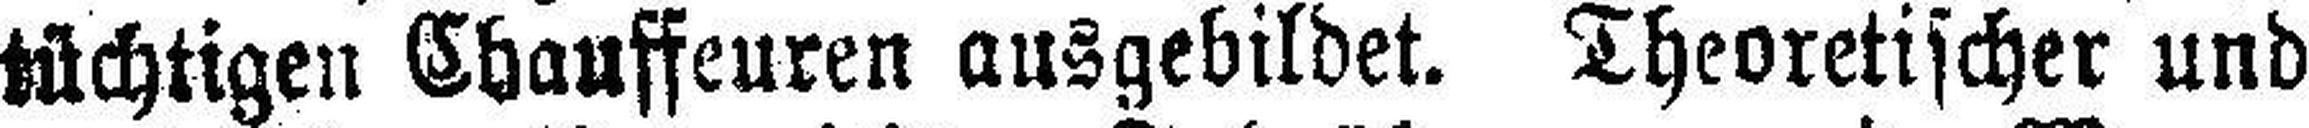
tüchtigen Chauffeuren ausgebildet. Theoretischer und